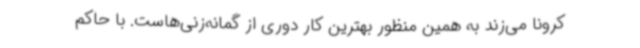
کرونا می‌زند به همین منظور بهترین کار دوری از گمانه‌زنی‌هاست. با حاکم‌